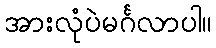
အားလုံပဲမင်္ဂလာပါ။